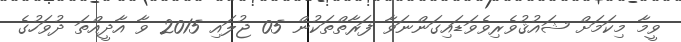
ވީމާ މިކަމަށް ޝައުޤުވެރިވެވަޑައިގަންނަވާ ފަރާތްތަކުން 05 ޖުލައި 2015 ވާ އާދީއްތަ ދުވަހުގެ